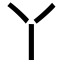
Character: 丫